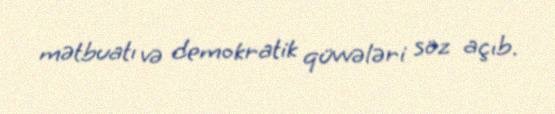
mətbuatı və demokratik qüvvələri söz açıb.